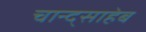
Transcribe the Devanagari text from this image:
चान्द्साहेब